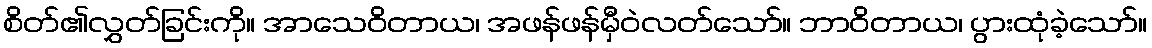
စိတ်၏လွှတ်ခြင်းကို။ အာသေဝိတာယ၊ အဖန်ဖန်မှီဝဲလတ်သော်။ ဘာဝိတာယ၊ ပွားထုံခဲ့သော်။